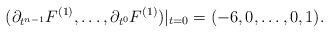
\begin{align*}(\partial_{t^{n-1}}F^{(1)},\dots,\partial_{t^{0}}F^{(1)})|_{t=0}=(-6,0,\dots,0,1).\end{align*}